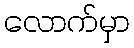
လောက်မှာ